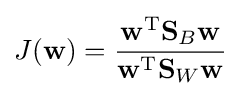
J(\mathbf {w} )={\frac {\mathbf {w} ^{\text{T}}\mathbf {S} _{B}\mathbf {w} }{\mathbf {w} ^{\text{T}}\mathbf {S} _{W}\mathbf {w} }}